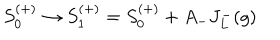
S _ { 0 } ^ { ( + ) } \rightarrow S _ { 1 } ^ { ( + ) } = S _ { 0 } ^ { ( + ) } + A _ { - } J _ { L } ^ { - } ( g )